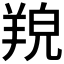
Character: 𦎔